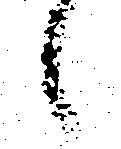
候